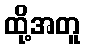
ထို့အတူ